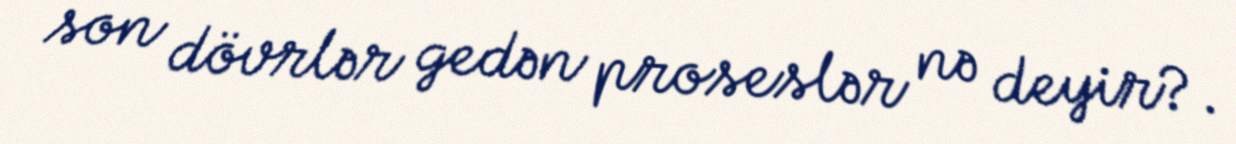
son dövrlər gedən proseslər nə deyir?.